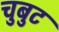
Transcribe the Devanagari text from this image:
चुबुट